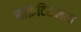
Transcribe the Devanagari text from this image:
सॉक्रेटिसलाच